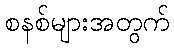
စနစ်များအတွက်